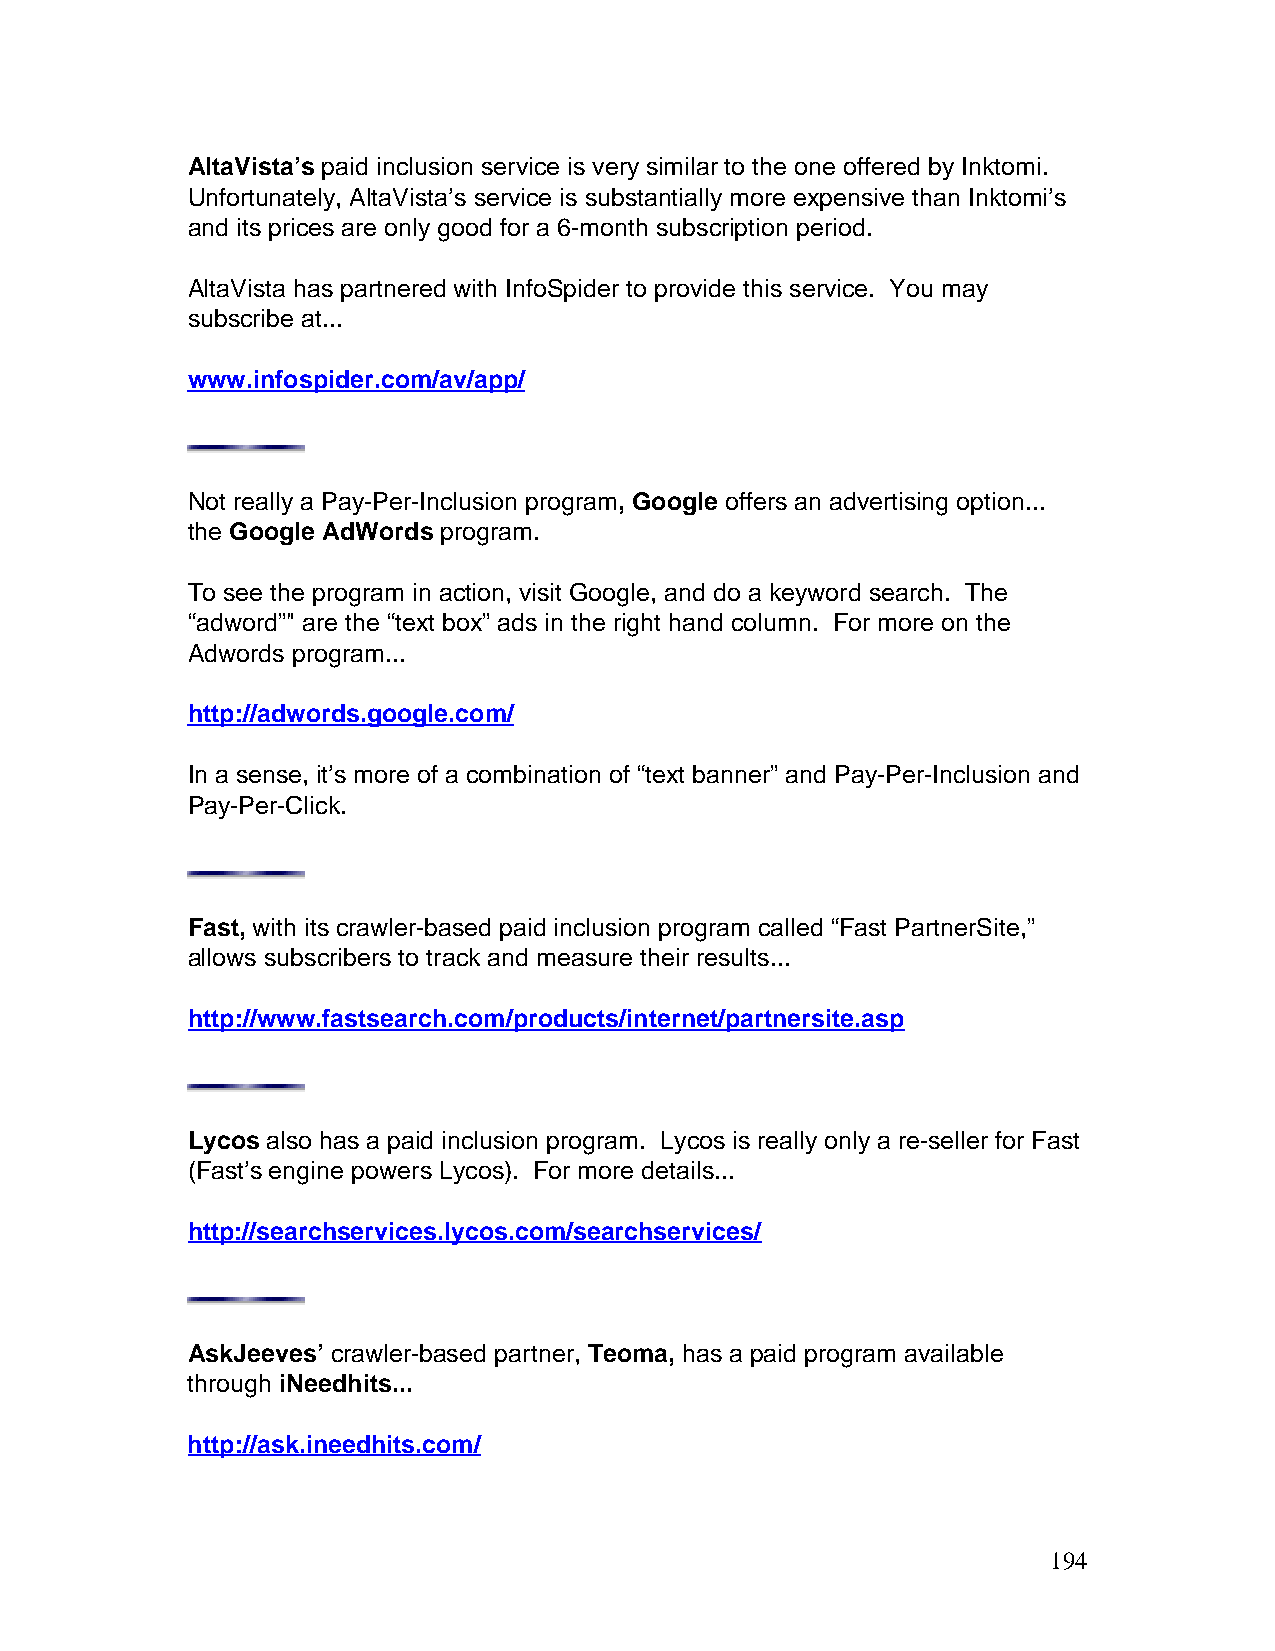
AltaVista’s paid inclusion service is very similar to the one offered by Inktomi.
 Unfortunately, AltaVista’s service is substantially more expensive than Inktomi’s
 and its prices are only good for a 6-month subscription period.
 AltaVista has partnered with InfoSpider to provide this service. You may
 subscribe at...
 www.infospider.com/av/app/
 Not really a Pay-Per-Inclusion program, Google offers an advertising option...
 the Google AdWords program.
 To see the program in action, visit Google, and do a keyword search. The
 “adword”" are the “text box” ads in the right hand column. For more on the
 Adwords program...
 http://adwords.google.com/
 In a sense, it’s more of a combination of “text banner” and Pay-Per-Inclusion and
 Pay-Per-Click.
 Fast, with its crawler-based paid inclusion program called “Fast PartnerSite,”
 allows subscribers to track and measure their results...
 http://www.fastsearch.com/products/internet/partnersite.asp
 Lycos also has a paid inclusion program. Lycos is really only a re-seller for Fast
 (Fast’s engine powers Lycos). For more details...
 http://searchservices.lycos.com/searchservices/
 AskJeeves’ crawler-based partner, Teoma, has a paid program available
 through iNeedhits...
 http://ask.ineedhits.com/
 194